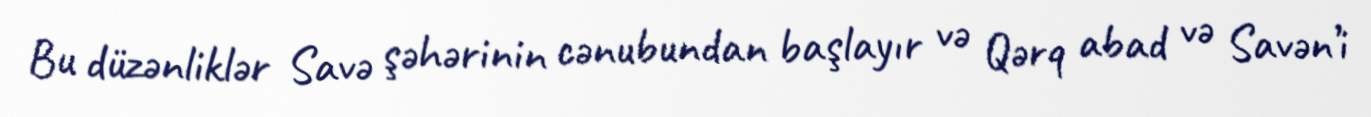
Bu düzənliklər Savə şəhərinin cənubundan başlayır və Qərq abad və Savən’i